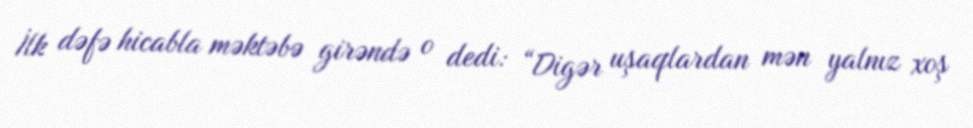
İlk dəfə hicabla məktəbə girəndə o dedi: “Digər uşaqlardan mən yalnız xoş